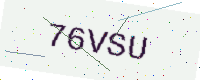
Text: 76VSU